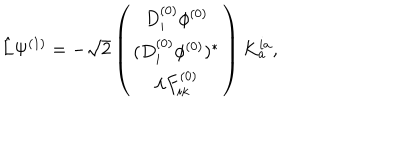
\hat { L } \Psi ^ { ( 1 ) } = - \sqrt { 2 } \left( \begin{array} { c } { { D _ { i } ^ { ( 0 ) } \phi ^ { ( 0 ) } } } \\ { { ( D _ { i } ^ { ( 0 ) } \phi ^ { ( 0 ) } ) ^ { \ast } } } \\ { { \lambda F _ { i k } ^ { ( 0 ) } } } \\ \end{array} \right) K _ { a } ^ { i a } ,